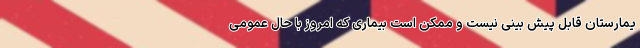
یمارستان قابل پیش بینی نیست و ممکن است بیماری که امروز با حال عمومی